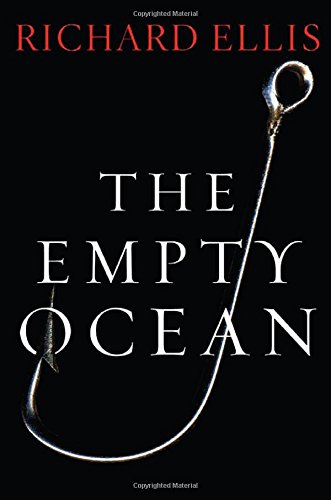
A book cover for The Empty Ocean; Richard Ellis; Science & Math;